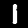
Label: 1